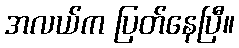
အလယ်က ပြတ်နေပြီ။